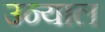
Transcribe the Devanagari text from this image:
उन्याल